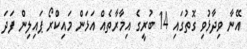
އޭނާ ވިދާޅުވި ގޮތުގައި 14 ބުރީގެ އިމާރާތެއް އަޅަން މައިކްރޯ ޕައިލިން ފަދަ